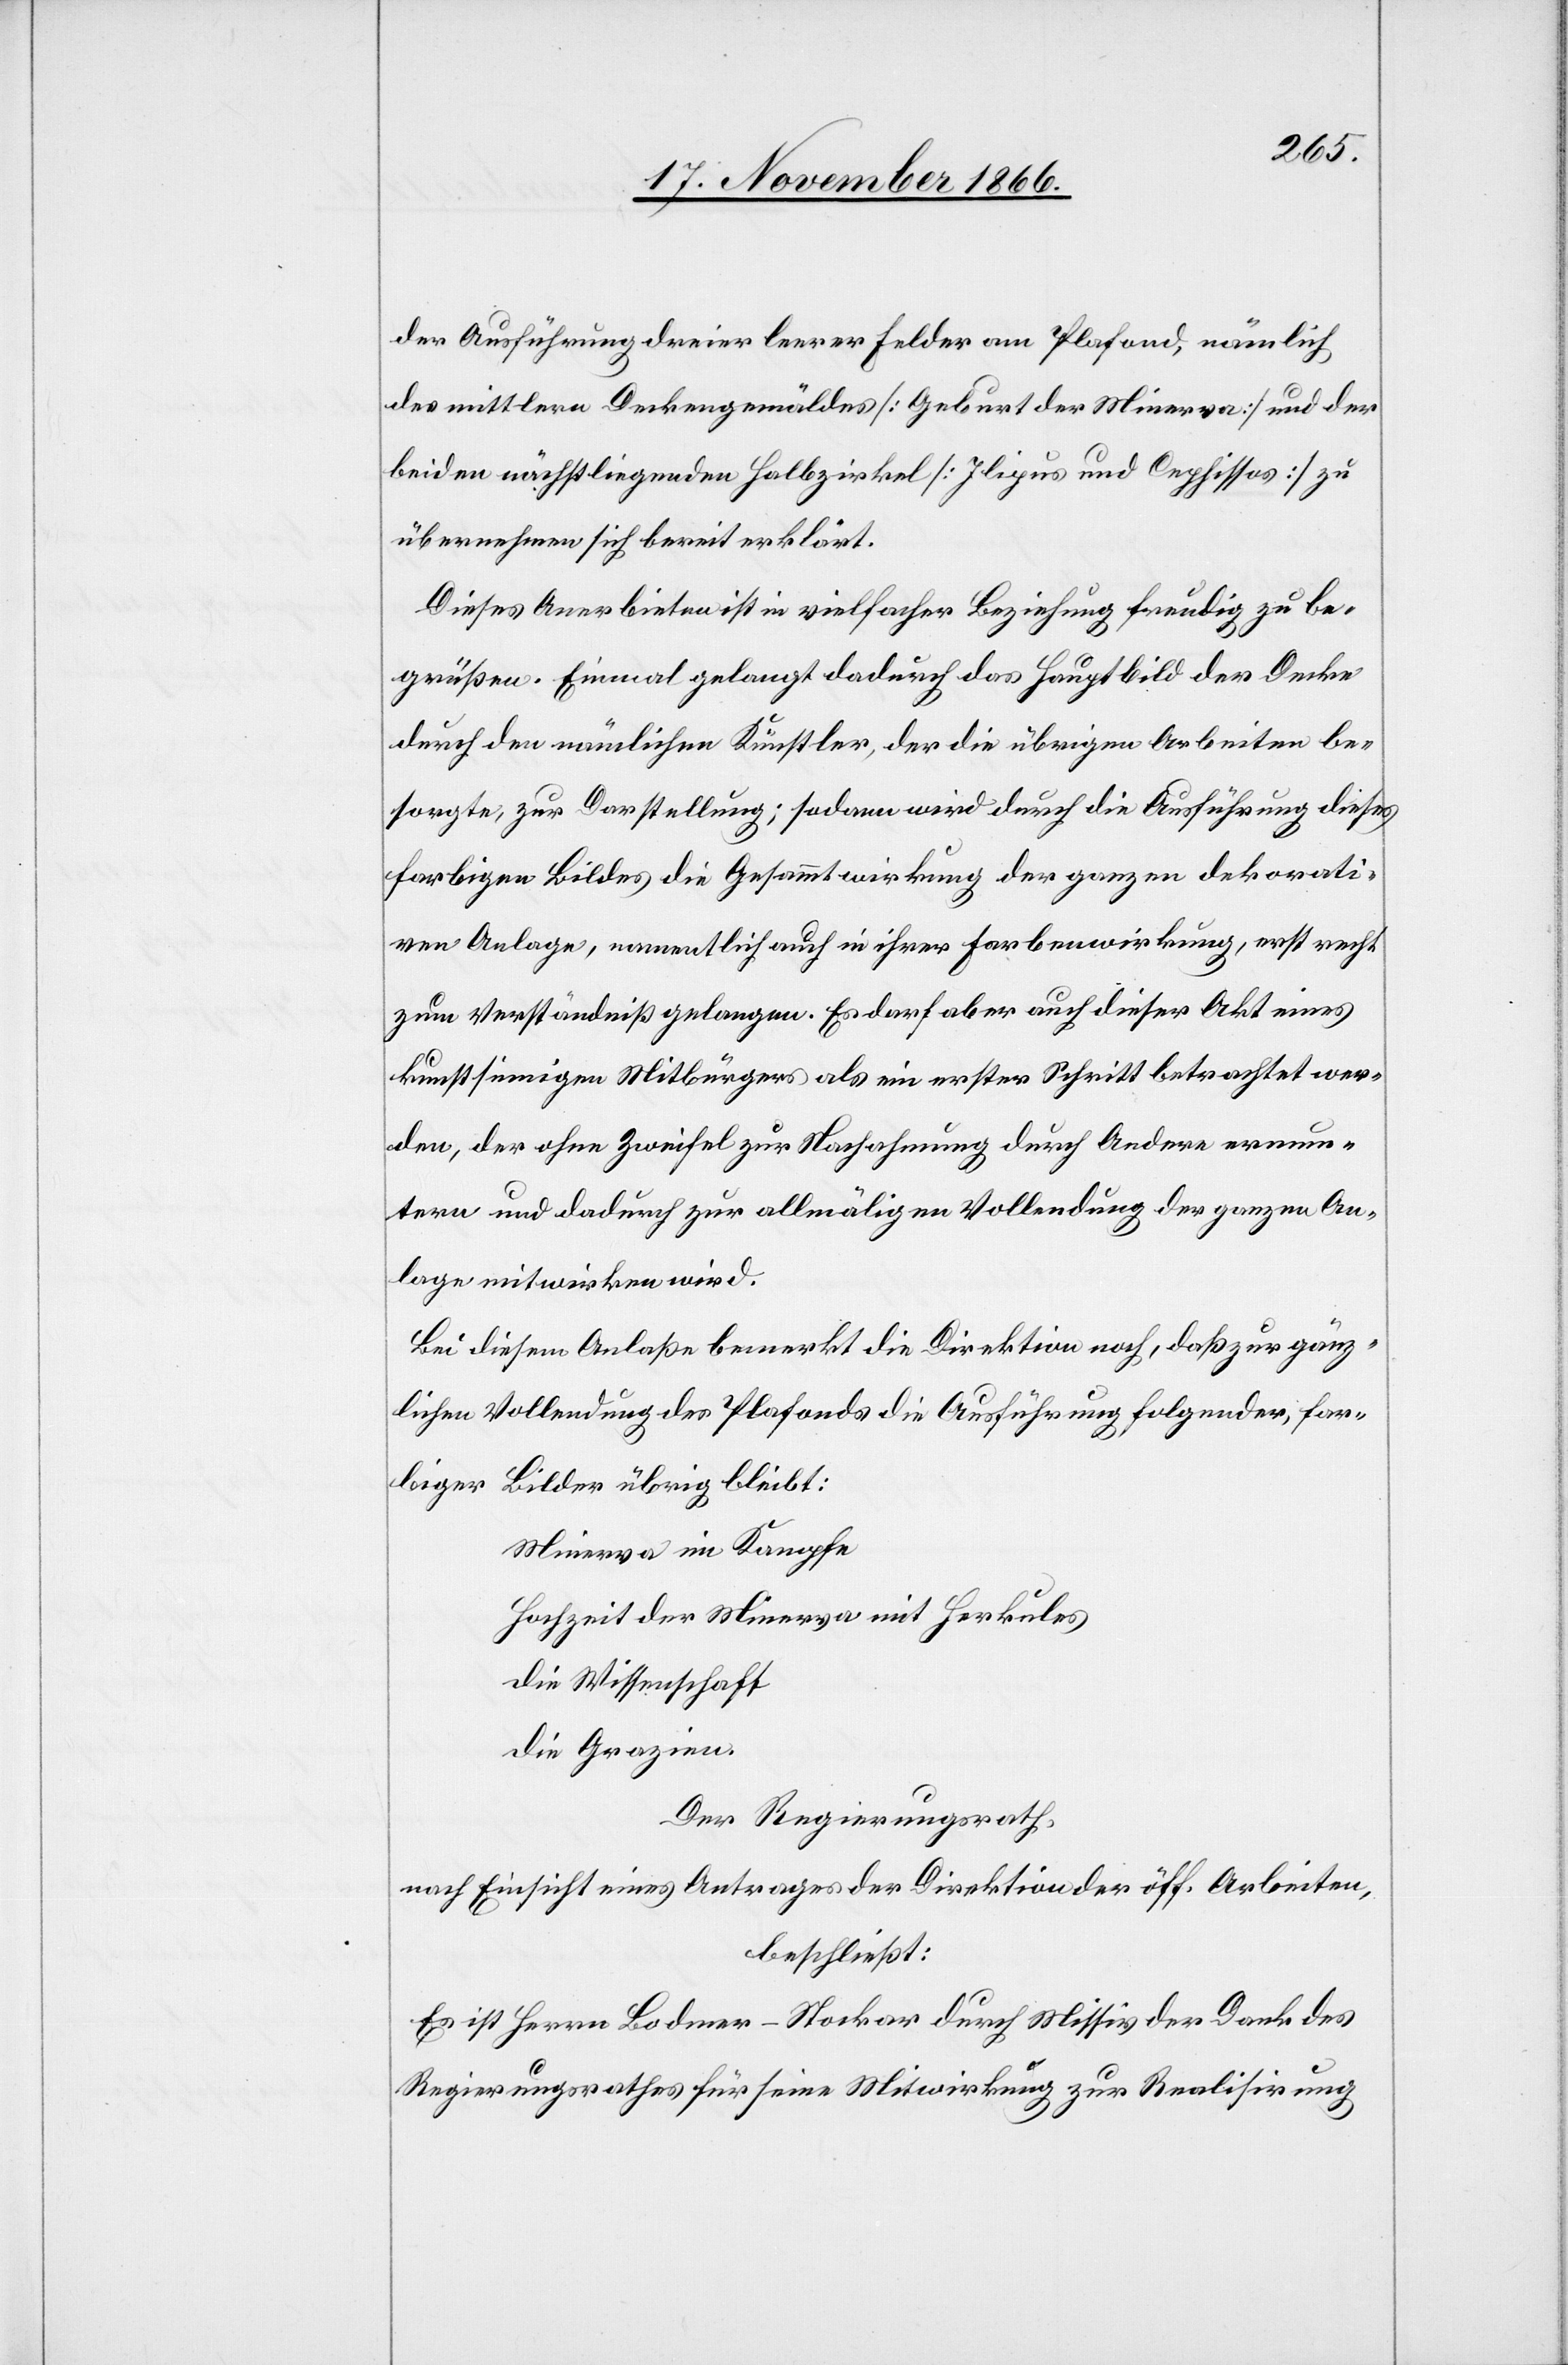
der Ausführung dreier leerer Felder am Plafond, nämlich
des mittlern Deckengemäldes [Geburt der Minerva] und der
beiden nächstliegenden Halbzirkel [Ilipus und Cephissos] zu
übernehmen sich bereit erklärt.
Dieses Anerbieten ist in vielfacher Beziehung freudig zu be¬
grüßen. Einmal gelangt dadurch das Hauptbild der Decke
durch den nämlichen Künstler, der die übrigen Arbeiten be¬
sorgte, zur Darstellung; sodann wird durch die Ausführung dieses
farbigen Bildes die Gesammtwirkung der ganzen dekorati¬
ven Anlage, namentlich auch in ihrer Farbenwirkung, erst recht
zum Verständniß gelangen. Es darf aber auch dieser Akt eines
kunstsinnigen Mitbürgers als ein erster Schritt betrachtet wer¬
den, der ohne Zweifel zur Nachahmung durch Andere ermun¬
tern und dadurch zur allmäligen Vollendung der ganzen An¬
lage mitwirken wird.
Bei diesem Anlaße bemerkt die Direktion noch, daß zur gänz¬
lichen Vollendung des Plafonds die Ausführung folgender, far¬
biger Bilder übrig bleibt:
Minerva im Kampfe.
Hochzeit der Minerva mit Herkules
die Wissenschaft
die Grazien.
Der Regierungsrath,
nach Einsicht eines Antrages der Direktion der öff. Arbeiten,
beschließt:
Es ist Herrn Bodmer-Stocker durch Missiv der Dank des
Regierungsrathes für seine Mitwirkung zur Realisirung